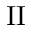
\mathrm { I I }